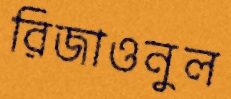
রিজাওনুল